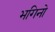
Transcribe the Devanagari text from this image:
भगिनो